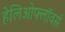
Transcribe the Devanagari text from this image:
हेलिओफ्लॉवर्स